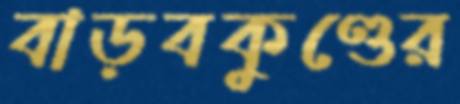
বাড়বকুণ্ডের